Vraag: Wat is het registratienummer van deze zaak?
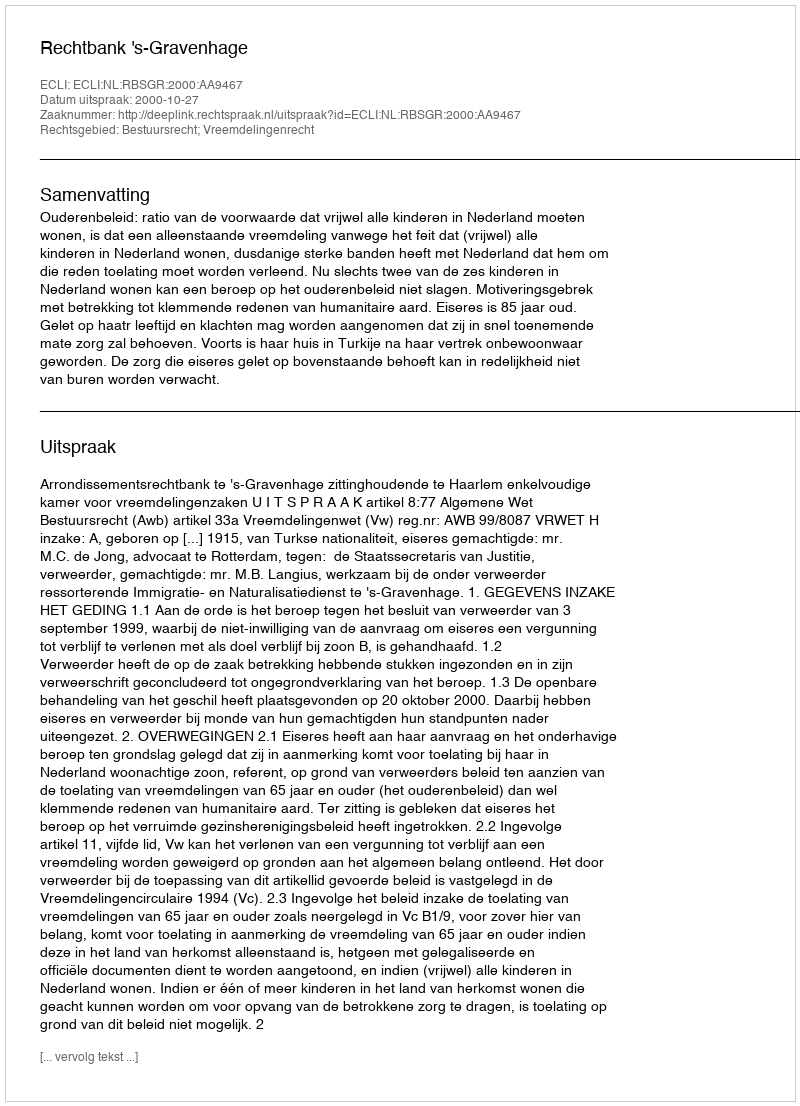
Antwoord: http://deeplink.rechtspraak.nl/uitspraak?id=ECLI:NL:RBSGR:2000:AA9467